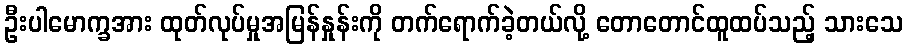
ဦးပါမောက္ခအား ထုတ်လုပ်မှုအမြန်နှုန်းကို တက်ရောက်ခဲ့တယ်လို့ တောတောင်ထူထပ်သည့် သားသေ